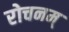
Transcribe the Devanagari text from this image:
रोचनम्